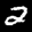
Label: 2